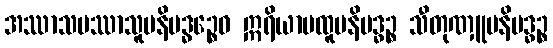
အဿာသပဿာသူပနိဗဒ္ဓဉ္စေဝ ဣရိယာပထူပနိဗဒ္ဓဉ္စ သီတုဏှူပနိဗဒ္ဓဉ္စ